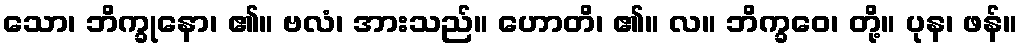
သော၊ ဘိက္ခုနော၊ ၏။ ဗလံ၊ အားသည်။ ဟောတိ၊ ၏။ လ။ ဘိက္ခဝေ၊ တို့။ ပုန၊ ဖန်။